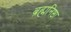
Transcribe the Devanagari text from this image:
ब्रह्मनिष्ठा